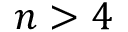
n > 4